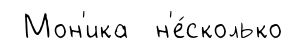
Мон'ика н'е́сколько